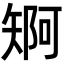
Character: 𮀄